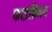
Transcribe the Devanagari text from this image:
फाइब्रिनस